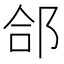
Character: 郃